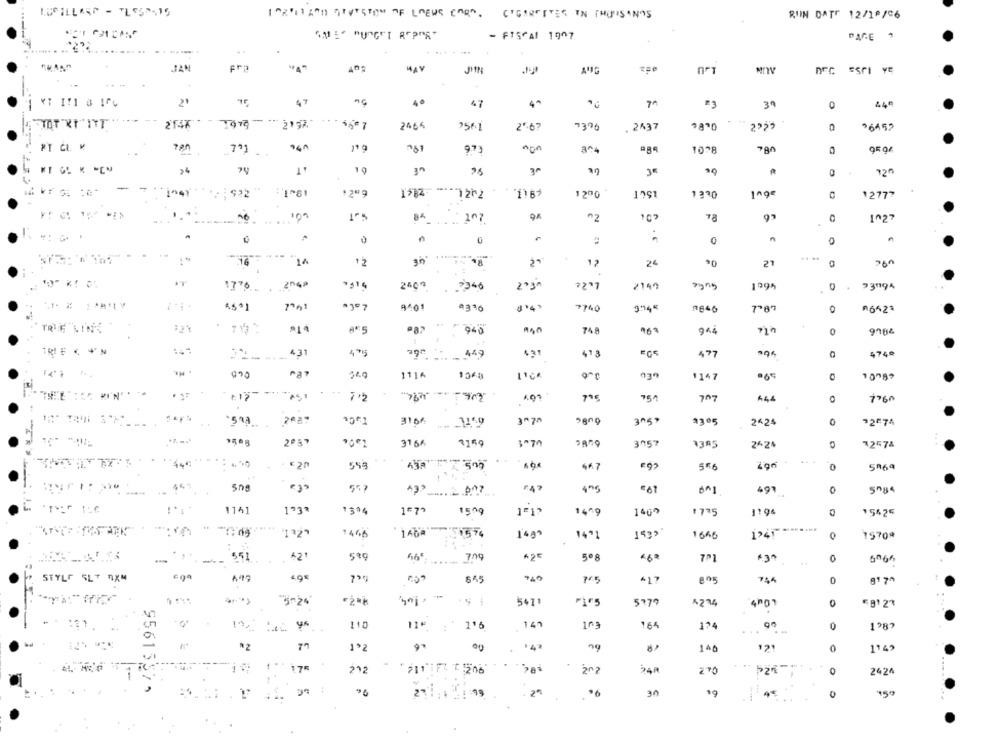
IPRIOR AND TRUSTOM OF LOEWS CART.
CTGIRFETES IN THUIS INOS
RUN DATE 12/10/06
- FISCAL 1907
PAGE ,
.....
JAN
4AV
JUN
AUG
21
47
47
4^
39
446
O
2147 1978
2152.
2464
25-67
7376
. 2437
96452
PT CI. M
7gn
7º1
non
1028
780
0
973
19
3º
720
75
0
-..
1281
1200
1230
1277?
...
a
84
107
02
78
1027
.
0
30"
16
12
24
21
0
260
Lite
1776
2409
2149
199%
73994
A10!
4336
7740
86521
TRIE LINE
A*5
- 940
740
944
0
9904
431
449
4 31
413
477
474º
1116
1147
1078?
7.2
775
751
707
444
7760
593
2027
31.66
30 70
2305
2424
0
72574
2087
31 6x
1159
3057
13A5
2424
72574
...
€ 20
559
447
556
0
5064
451
sng
557
495
0
ctat
491
1141
173*
1304
1"7"
1509
1499
140%
1725
1196
15425
132*
1466
1464- 51574
1400
14º1
1939
1570ª
1666
421
599
16€
719
42€
5º8
<60
-
5.51
7º1
0
5066
STYLE SLT AXM
447
49%
845
740
785
417
744
0
5471
5779
4234
0
110
11.
140
00
:21
1'6
103
164
124
0
1,87
192
·4ª
140
"2
0
1149
!"175
202
202
54R
0
2424
95615574
. 2ª
30
0
150